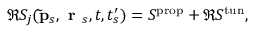
\Re S _ { j } ( \mathbf { \tilde { p } } _ { s } , \textbf { r } _ { s } , t , t _ { s } ^ { \prime } ) = S ^ { \mathrm { p r o p } } + \Re S ^ { \mathrm { t u n } } ,